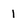
Character: 1